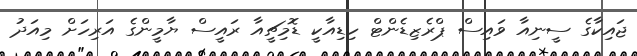
ޖައިކާގެ ސީނިއާ ވައިސް ޕްރެޒިޑެންޓް ހިޑިއާކީ ޑޮމިޗީއާ ރައީސް ޔާމީންގެ އަރިހަށް މިއަދު